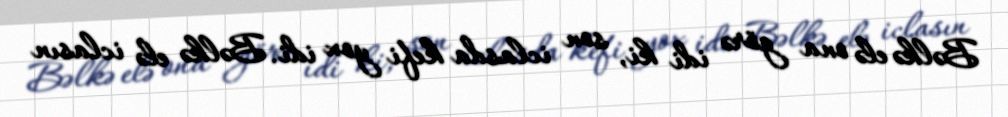
Bəlkə elə ona görə idi ki, son iclasda kefi yox idi. Bəlkə elə iclasın